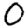
Digit: 0